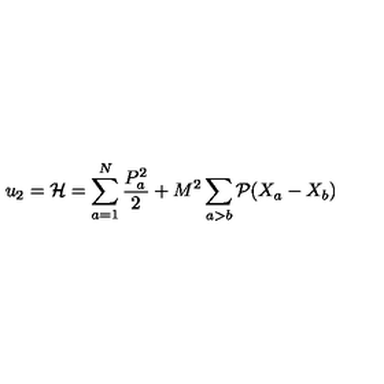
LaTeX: u _ { 2 } = { \cal H } = \sum _ { a = 1 } ^ { N } \frac { P _ { a } ^ { 2 } } { 2 } + M ^ { 2 } \sum _ { a > b } { \cal P } ( X _ { a } - X _ { b } )